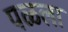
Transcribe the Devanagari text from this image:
पळला